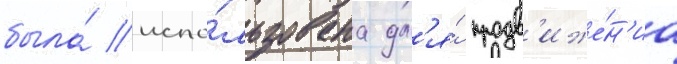
была́ испо́льзована дл'я́ продв'иже́н'иа